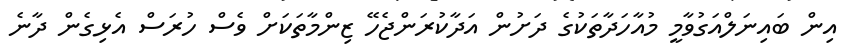
އިން ބައިނަލްއަގުވާމީ މުއާހަދާތަކުގެ ދަށުން އަދާކުރަންޖެހޭ ޒިންމާތަކަށް ވެސް ހުރަސް އެޅިގެން ދާނެ